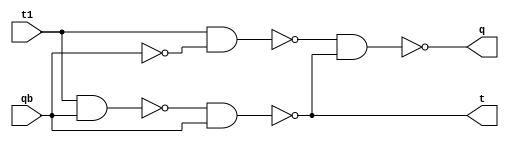
module T(t1,qb,q,t);

input t1;
input qb;
output q;
output t;

wire q1,q2,t11;

//not no1(t11,t1);
/*nand na1(q2,qb,t11);
nand na2(t,q2,qb);
nand na3(q1,t1,t);
nand na4(q,q1,t);
*/
nand na1(q1,t1,qb);
nand na2(q2,t1,(~qb));
nand na3(t,q1,qb);
nand na4(q,q2,t);

endmodule

module testbench();

reg t1,qb;
wire q,t;

T f1(t1,qb,q,t);

initial
begin

$monitor("Q[1] = %b :T = %b : Q = %b : Q` = %b",qb,t1,q,t);
$dumpfile("t.vcd");
$dumpvars;

qb = 1'b0 ;
t1 = 1'b0 ; #5
t1 = 1'b1 ; #5

qb = 1'b1 ;
t1 = 1'b0 ; #5
t1 = 1'b1 ; #5
t1 = 1'b1 ;

end

endmodule